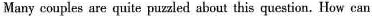
Many couples are quite puzzled about this question. How can